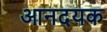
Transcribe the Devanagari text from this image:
आनदयक